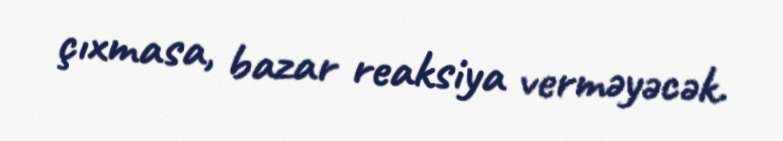
çıxmasa, bazar reaksiya verməyəcək.